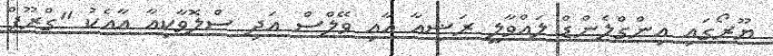
ޔޫރޯގައި އިންގްލެންޑް ލައްވާލީ ރަޝިއާ އާއި ވޭލްސް އަދި ސްލޮވާކިއާ އާއެކު "ގްރޫޕް